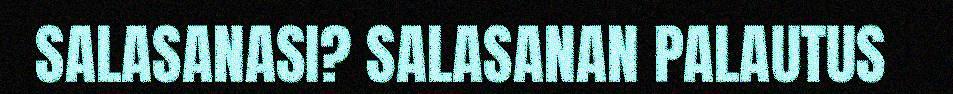
SALASANASI? SALASANAN PALAUTUS